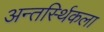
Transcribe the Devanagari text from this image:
अन्तर्स्थिकला